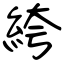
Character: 絝